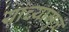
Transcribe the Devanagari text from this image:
यांच्यामुळं